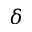
\delta